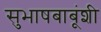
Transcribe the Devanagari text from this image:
सुभाषबाबूंशी